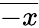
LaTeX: \overline{{-x}}